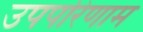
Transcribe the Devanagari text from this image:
उपपरिणाम